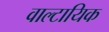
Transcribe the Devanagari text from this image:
वाल्टायिक